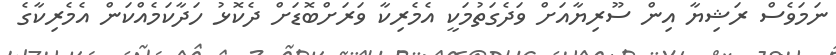
ނަމަވެސް ރަޝިޔާ އިން ސޫރިޔާއަށް ވަދެގަތުމަކީ އެމެރިކާ ވަރަށްބޮޑަށް ދެކޮޅު ހަދާކަމެއްކަން އެމެރިކާގެ